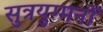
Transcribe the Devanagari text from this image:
सुत्रयुग्मनों